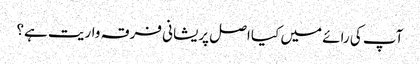
آپ کی رائے میں کیا اصل پریشانی فرقہ واریت ہے؟